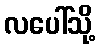
လပေါ်သို့